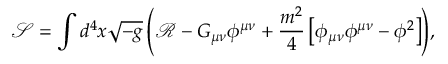
{ \mathcal { S } } = \int { d ^ { 4 } x \sqrt { - g } \left( { \mathcal { R } } - G _ { \mu \nu } \phi ^ { \mu \nu } + \frac { m ^ { 2 } } { 4 } \left[ \phi _ { \mu \nu } \phi ^ { \mu \nu } - \phi ^ { 2 } \right] \right) } ,